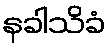
နခါသိခံ